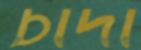
চাদা